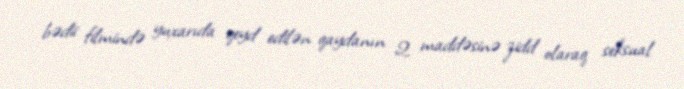
bədii filmində yuxarıda qeyd edilən qaydanın 2 maddəsinə zidd olaraq seksual